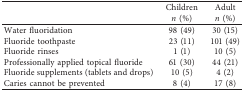
<table><thead><tr><td><b> </b></td><td><b>Children <i>n</i> (%)</b></td><td><b>Adult <i>n</i> (%)</b></td></tr></thead><tbody><tr><td>Water fluoridation</td><td>98 (49)</td><td>30 (15)</td></tr><tr><td>Fluoride toothpaste</td><td>23 (11)</td><td>101 (49)</td></tr><tr><td>Fluoride rinses</td><td>1 (1)</td><td>10 (5)</td></tr><tr><td>Professionally applied topical fluoride</td><td>61 (30)</td><td>44 (21)</td></tr><tr><td>Fluoride supplements (tablets and drops)</td><td>10 (5)</td><td>4 (2)</td></tr><tr><td>Caries cannot be prevented</td><td>8 (4)</td><td>17 (8)</td></tr></tbody></table>